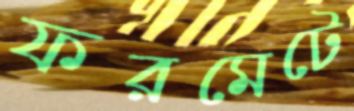
ফরমেটে